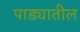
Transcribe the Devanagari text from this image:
पाड्यातील